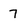
Character: 7